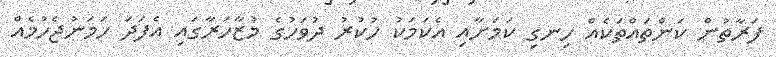
ފަރާތުން ކަންތައްތަކެއް ހިނގި ކަމަށާއި އެކަމަކު ހުކުރު ދުވަހުގެ މުޒާހަރާގައި އެފަދަ ހަމަނުޖެހުމެއް